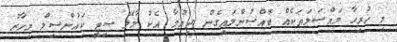
މި ހުރިހާ މައްސަލަތަކެއް ބޮއްސުންލައިގެން ދިޔުމާ އެކު މާލޭ ސިޓީ ކައުންސިލް މިހާރު